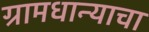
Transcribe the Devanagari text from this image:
ग्रामधान्याचा